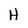
Character: H